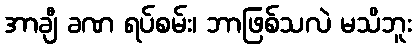
အာချီ ခဏ ရပ်စမ်း၊ ဘာဖြစ်သလဲ မသိဘူး